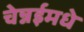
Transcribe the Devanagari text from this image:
चेन्नईमधे